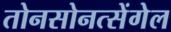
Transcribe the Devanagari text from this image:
तोनसोनत्सेंगेल